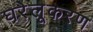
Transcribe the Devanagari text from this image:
घरेलूकरण